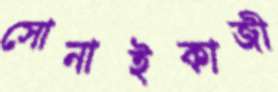
সোনাইকাজী